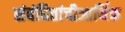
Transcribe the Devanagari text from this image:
संबंधितांचीआर्थिक